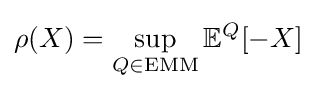
\rho (X)=\sup _{Q\in \mathrm {EMM} }\mathbb {E} ^{Q}[-X]